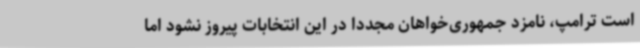
است ترامپ، نامزد جمهوری‌خواهان مجددا در این انتخابات پیروز نشود اما